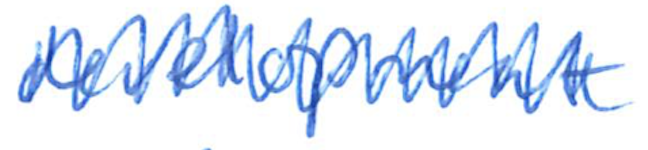
Text: development
Cross-out: zig-zag
Writing tool: ballpoint